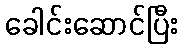
ခေါင်းဆောင်ပြီး